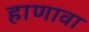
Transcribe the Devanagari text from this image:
हाणावा